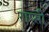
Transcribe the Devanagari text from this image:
राप्सी